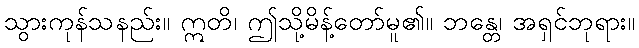
သွားကုန်သနည်း။ ဣတိ၊ ဤသို့မိန့်တော်မူ၏။ ဘန္တေ၊ အရှင်ဘုရား။